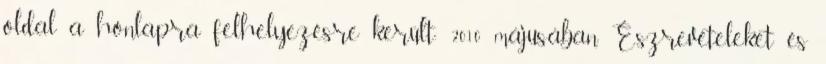
oldal a honlapra felhelyezésre került: 2010 májusában Észrevételeket és